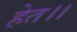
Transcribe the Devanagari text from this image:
हेत।।